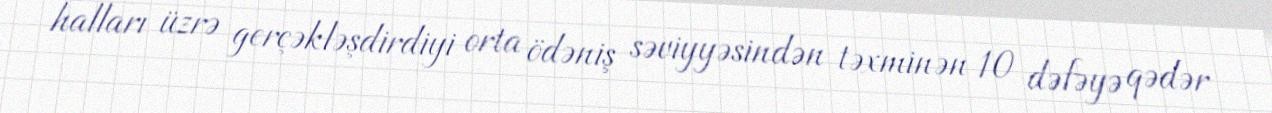
halları üzrə gerçəkləşdirdiyi orta ödəniş səviyyəsindən təxminən 10 dəfəyə qədər